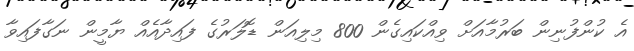
އެ ކުންފުނިން ބަރުމާއަށް ވިއްކައިގެން 800 މިލިއަން ޑޮލަރުގެ ފައިދާއެއް ޔާމީން ނަގާފައިވާ